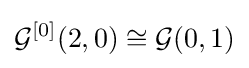
{\mathcal {G}}^{[0]}(2,0)\cong {\mathcal {G}}(0,1)